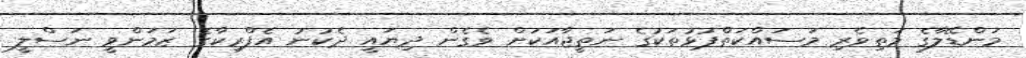
މަންޑޭލާގެ މަތިވެރި މަސައްކަތްޕުޅުތަކުގެ ނަތީޖާއަކަށް ވެގެން ދިޔައީ ދެކުނު އެފްރިކާގެ ޒަމަންވީ ނަސްލީ